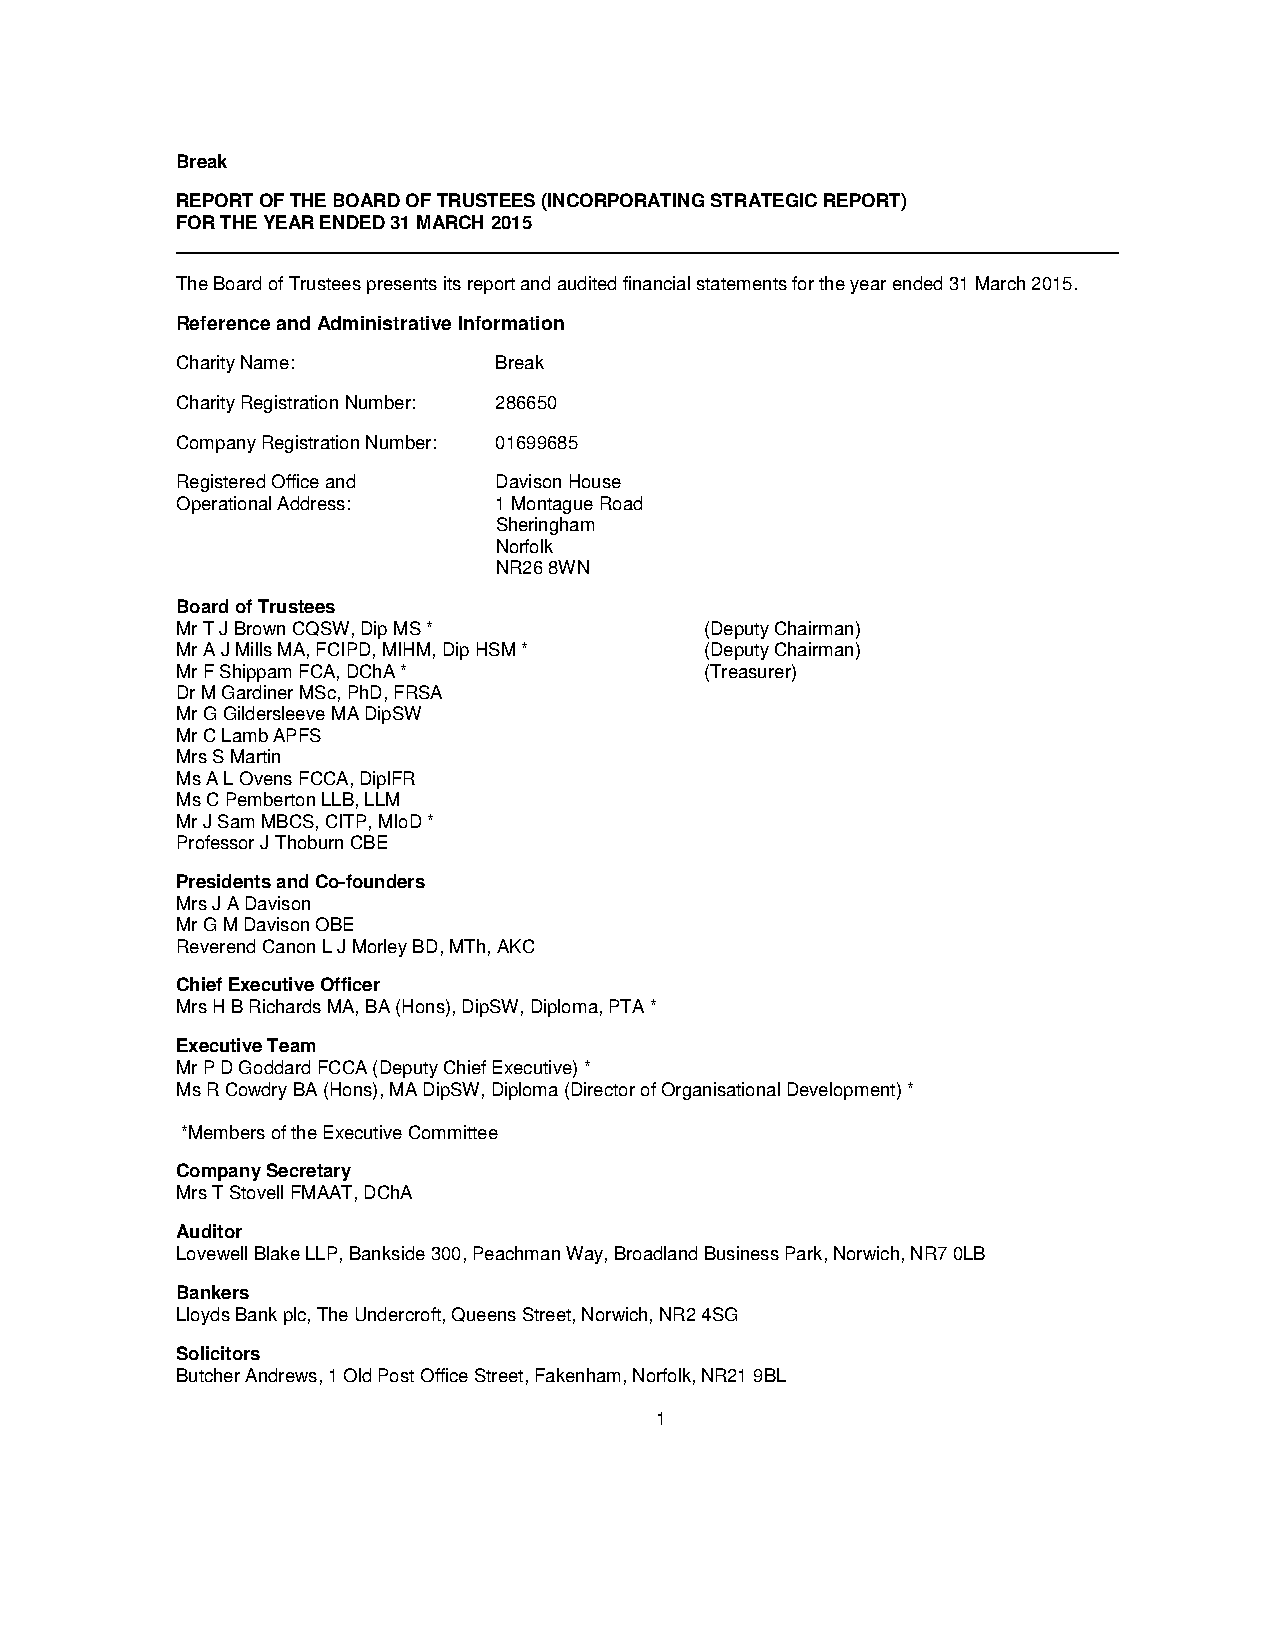
Break
 REPORT OF THE BOARD OF TRUSTEES (INCORPORATING STRATEGIC REPORT)
 FOR THE YEAR ENDED 31 MARCH 2015
 ___________________________________________________________________________________________
 The Board of Trustees presents its report and audited financial statements for the year ended 31 March 2015.
 Reference and Administrative Information
 Charity Name:        Break
 Charity Registration Number: 286650
 Company Registration Number: 01699685
 Registered Office and Davison House
 Operational Address: 1 Montague Road
 Sheringham
 Norfolk
 NR26 8WN
 Board of Trustees
 Mr T J Brown CQSW, Dip MS *        (Deputy Chairman)
 Mr A J Mills MA, FCIPD, MIHM, Dip HSM * (Deputy Chairman)
 Mr F Shippam FCA, DChA *           (Treasurer)
 Dr M Gardiner MSc, PhD, FRSA
 Mr G Gildersleeve MA DipSW
 Mr C Lamb APFS
 Mrs S Martin
 Ms A L Ovens FCCA, DiplFR
 Ms C Pemberton LLB, LLM
 Mr J Sam MBCS, CITP, MIoD *
 Professor J Thoburn CBE
 Presidents and Co-founders
 Mrs J A Davison
 Mr G M Davison OBE
 Reverend Canon L J Morley BD, MTh, AKC
 Chief Executive Officer
 Mrs H B Richards MA, BA (Hons), DipSW, Diploma, PTA *
 Executive Team
 Mr P D Goddard FCCA (Deputy Chief Executive) *
 Ms R Cowdry BA (Hons), MA DipSW, Diploma (Director of Organisational Development) *
 *Members of the Executive Committee
 Company Secretary
 Mrs T Stovell FMAAT, DChA
 Auditor
 Lovewell Blake LLP, Bankside 300, Peachman Way, Broadland Business Park, Norwich, NR7 0LB
 Bankers
 Lloyds Bank plc, The Undercroft, Queens Street, Norwich, NR2 4SG
 Solicitors
 Butcher Andrews, 1 Old Post Office Street, Fakenham, Norfolk, NR21 9BL
 1